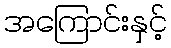
အကြောင်းနှင့်